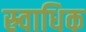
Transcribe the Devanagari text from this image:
स्र्वाधिक